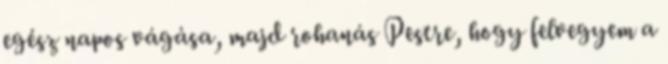
egész napos vágása, majd rohanás Pestre, hogy felvegyem a